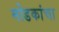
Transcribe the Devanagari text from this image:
मोडकांचा